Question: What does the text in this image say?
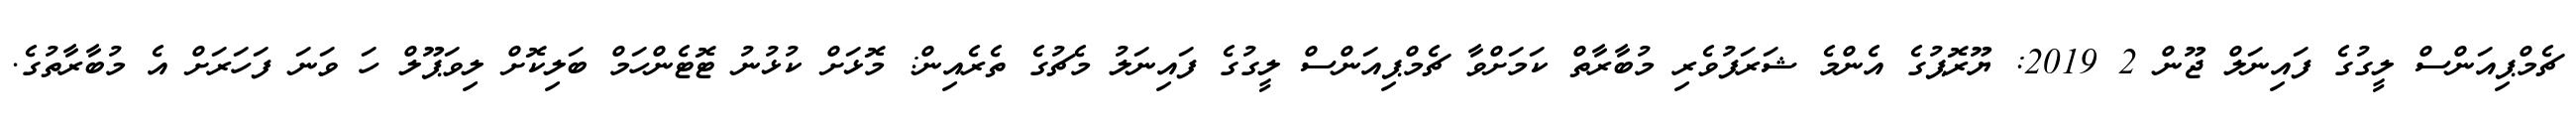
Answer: ޗެމްޕިއަންސް ލީގުގެ ފައިނަލް ޖޫން 2 2019: ޔޫރޮޕުގެ އެންމެ ޝަރަފުވެރި މުބާރާތް ކަމަށްވާ ޗެމްޕިއަންސް ލީގުގެ ފައިނަލު މެޗުގެ ތެރެއިން: މޮޅަށް ކުޅުނު ޓޮޓެންހަމް ބަލިކޮށް ލިވަޕޫލް ހަ ވަނަ ފަހަރަށް އެ މުބާރާތުގެ.